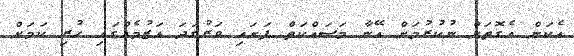
އެކަން އެގޮތަށް ނުކުރުމަށް އޭނާ މަސައްކަތް ފަށައި ވަރުގަދަ އަޒުމެއްގައި ހުރި ކަމަށް